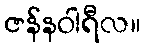
ဇန်နဝါရီလ။